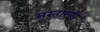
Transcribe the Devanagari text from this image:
मुरतामेरी